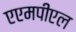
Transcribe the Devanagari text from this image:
एएमपीएल